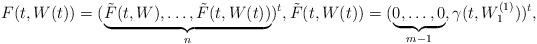
LaTeX: \begin{align*}F(t,W(t))=(\underbrace{\tilde F(t,W),\dots,\tilde F(t,W(t))}_{n})^t, \tilde F(t,W(t))=(\underbrace{0,\dots,0}_{m-1},\gamma(t, W_1^{(1)}))^t,\end{align*}